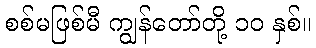
စစ်မဖြစ်မီ ကျွန်တော်တို့ ၁၀ နှစ်။